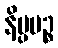
နိပ္ပပဉ္စ